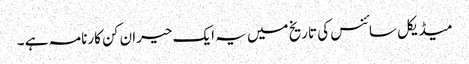
میڈیکل سائنس کی تاریخ میں یہ ایک حیران کن کارنامہ ہے ۔